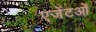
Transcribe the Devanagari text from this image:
एजेंटओं